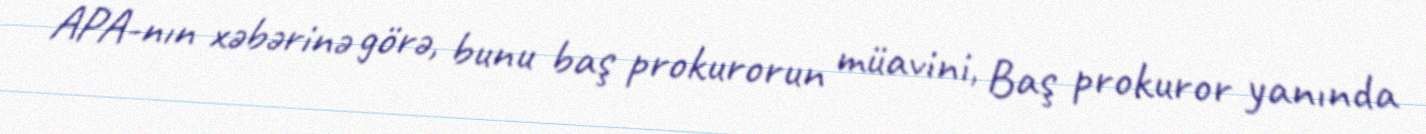
APA-nın xəbərinə görə, bunu baş prokurorun müavini, Baş prokuror yanında